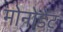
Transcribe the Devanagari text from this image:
मोनोडेंट